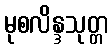
မုစလိန္ဒသုတ္တ